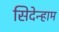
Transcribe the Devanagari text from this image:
सिदेन्हाम